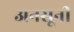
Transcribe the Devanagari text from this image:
अनसूनी